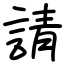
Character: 請